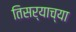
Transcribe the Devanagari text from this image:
तिसर्‍याच्या